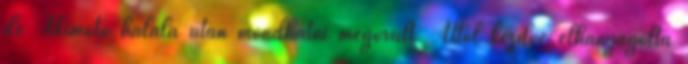
de Akimoto halála után mondhatni megőrült. Attól kezdve elhanyagolta